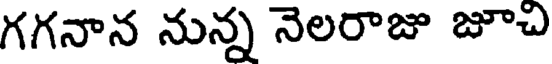
గగనాన నున్న నెలరాజు జూచి